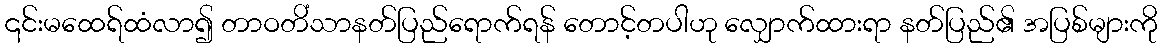
၎င်းမထေရ်ထံလာ၍ တာဝတိံသာနတ်ပြည်ရောက်ရန် တောင့်တပါဟု လျှောက်ထားရာ နတ်ပြည်၏ အပြစ်များကို